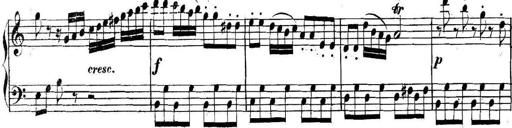
Title: Collected Piano Sonatas
Composer: Muzio Clementi